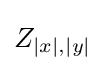
Z_{|x|,|y|}